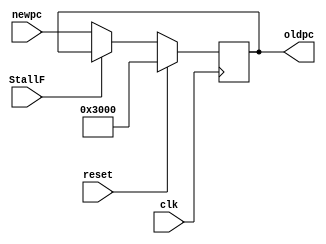
`timescale 1ns / 1ps
//////////////////////////////////////////////////////////////////////////////////
// Company: 
// Engineer: 
// 
// Design Name: 
// Module Name:    pc 
// Project Name: 
// Target Devices: 
// Tool versions: 
// Description: 
//
// Dependencies: 
//
// Revision: 
// Revision 0.01 - File Created
// Additional Comments: 
//
//////////////////////////////////////////////////////////////////////////////////
module pc(
    input [31:0] newpc,
    input clk,
    input reset,
	 input StallF,//
    output [31:0] oldpc
    );
	
	reg [31:0] _pc;
	wire PC_en = ~StallF;
	
	always@(posedge clk)begin
		if(reset) begin
			_pc <= 32'h00003000;
		end
		else begin
			if(PC_en) _pc  <= newpc;
		end	
	end
	
	assign oldpc = _pc;
	
endmodule